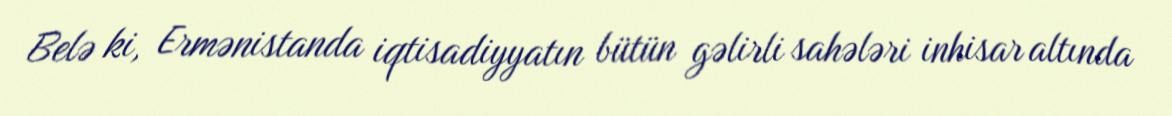
Belə ki, Ermənistanda iqtisadiyyatın bütün gəlirli sahələri inhisar altında